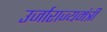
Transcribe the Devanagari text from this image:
उर्जाराज्यमंत्री